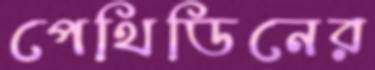
পেথিডিনের